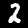
Digit: 2